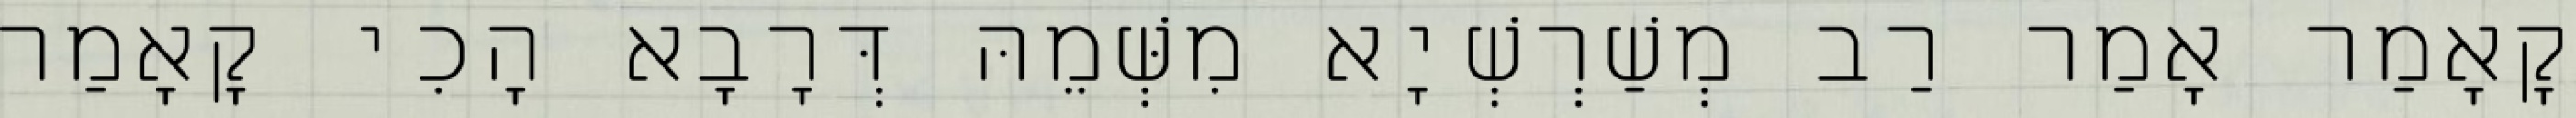
קָאָמַר אָמַר רַב מְשַׁרְשְׁיָא מִשְּׁמֵהּ דְּרָבָא הָכִי קָאָמַר